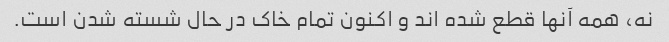
نه، همه آنها قطع شده اند و اکنون تمام خاک در حال شسته شدن است.